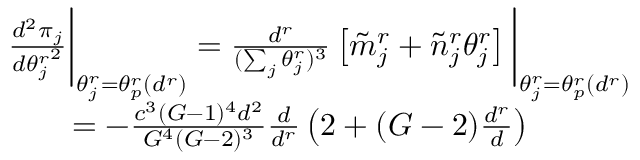
\begin{array} { r l } & { \frac { d ^ { 2 } { \pi _ { j } } } { d { \theta _ { j } ^ { r } } ^ { 2 } } \bigg | _ { \theta _ { j } ^ { r } = \theta _ { p } ^ { r } ( d ^ { r } ) } = \frac { d ^ { r } } { ( \sum _ { j } \theta _ { j } ^ { r } ) ^ { 3 } } \left[ \tilde { m } _ { j } ^ { r } + \tilde { n } _ { j } ^ { r } \theta _ { j } ^ { r } \right] \bigg | _ { \theta _ { j } ^ { r } = \theta _ { p } ^ { r } ( d ^ { r } ) } } \\ & { \quad \quad = - \frac { c ^ { 3 } ( G - 1 ) ^ { 4 } d ^ { 2 } } { G ^ { 4 } ( G - 2 ) ^ { 3 } } \frac { d } { d ^ { r } } \left( 2 + ( G - 2 ) \frac { d ^ { r } } { d } \right) } \end{array}